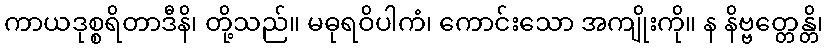
ကာယဒုစ္စရိတာဒီနိ၊ တို့သည်။ မဓုရဝိပါကံ၊ ကောင်းသော အကျိုးကို။ န နိဗ္ဗတ္တေန္တိ၊